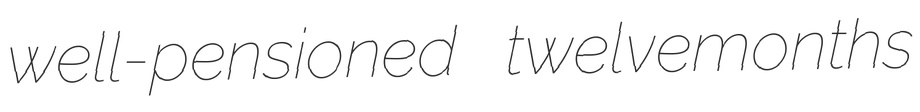
well-pensioned twelvemonths